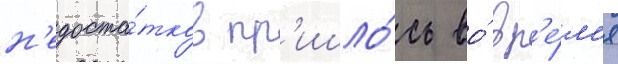
н'едоста́тков пр'ишло́сь во́ вр'е́м'я